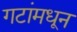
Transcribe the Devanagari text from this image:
गटांमधून